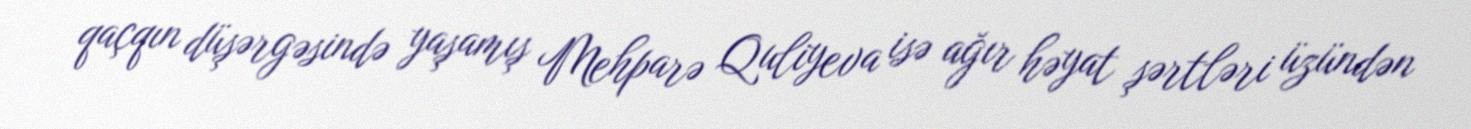
qaçqın düşərgəsində yaşamış Mehparə Quliyeva isə ağır həyat şərtləri üzündən